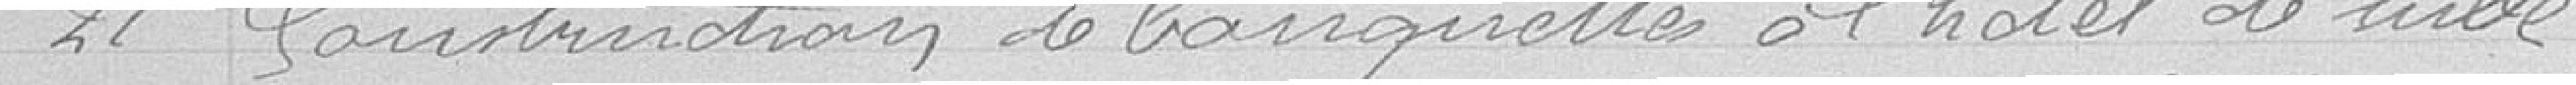
21 Construction de banquettes à l'hôtel de ville